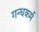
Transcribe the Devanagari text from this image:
गन्धकर्म